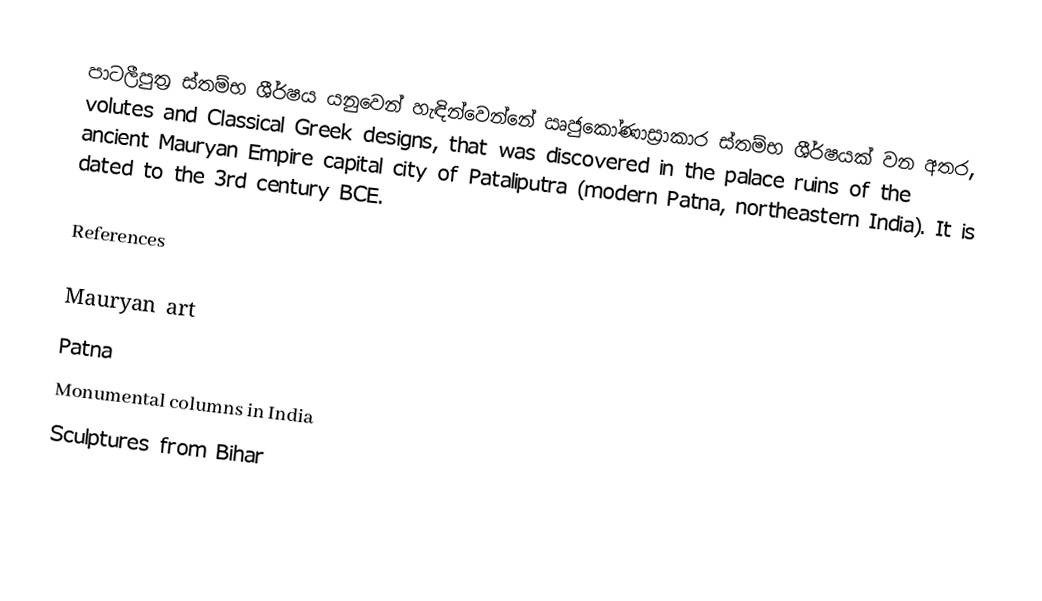
පාටලීපුත්‍ර ස්තම්භ ශීර්ෂය යනුවෙන් හැඳින්වෙන්නේ ඍජුකෝණාස්‍රාකාර ස්තම්භ ශීර්ෂයක් වන අතර, volutes and Classical Greek designs, that was discovered in the palace ruins of the ancient Mauryan Empire capital city of Pataliputra (modern Patna, northeastern India). It is dated to the 3rd century BCE.

References

Mauryan art
Patna
Monumental columns in India
Sculptures from Bihar